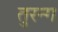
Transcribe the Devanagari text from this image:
तुरन्ग